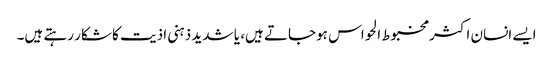
ایسے انسان اکثر مخبوط الحواس ہوجاتے ہیں، یا شدید ذہنی اذیت کا شکار رہتے ہیں۔